Annual report of the Civil Veterinary Department, Bengal, for the year 1897-98 - 1897-1898
Year: 1897
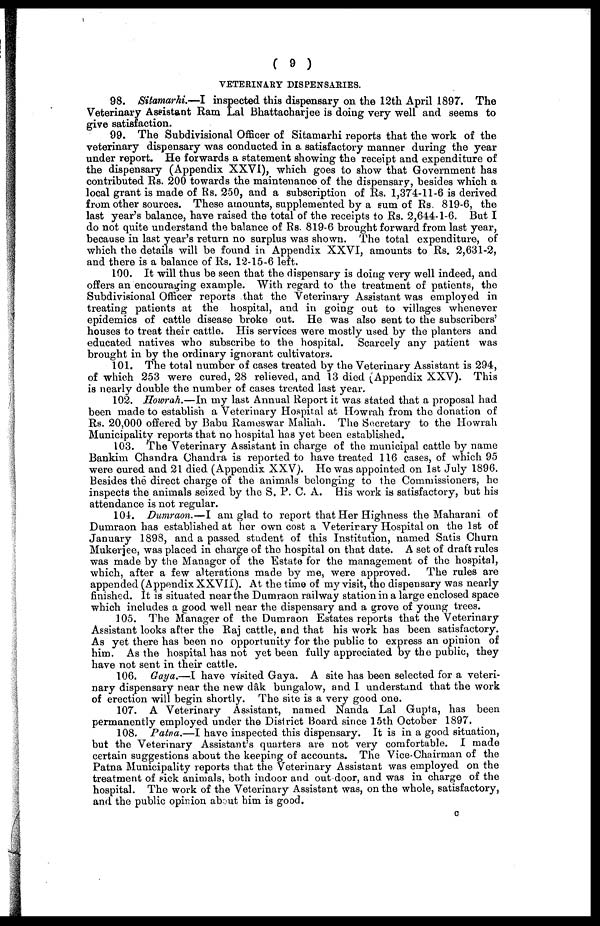
( 9 )
VETERINARY DISPENSARIES.
98. Sitamarhi.—I
inspected this dispensary on the 12th April 1897. The
Veterinary Assistant Ram Lal Bhattacharjee is doing very well and seems to
give satisfaction.
99. The Subdivisional Officer of Sitamarhi reports that the work of the
veterinary dispensary was conducted in a satisfactory manner during the year
under report. He forwards a statement showing the receipt and expenditure of
the dispensary (Appendix XXVI), which goes to show that Government has
contributed Rs. 200 towards the maintenance of the dispensary, besides which a
local grant is made of Rs. 250, and a subscription of Rs. 1,374-11-6 is derived
from other sources. These amounts, supplemented by a sum of Rs. 819-6, the
last year's balance, have raised the total of the receipts to Rs. 2,644-1-6. But I
do not quite understand the balance of Rs. 819-6 brought forward from last year,
because in last year's return no surplus was shown. The total expenditure, of
which the details will be found in Appendix XXVI, amounts to Rs. 2,631-2,
and there is a balance of Rs. 12-15-6 left.
100. It will thus be seen that the dispensary is doing very well indeed, and
offers an encouraging example. With regard to the treatment of patients, the
Subdivisional Officer reports that the Veterinary Assistant was employed in
treating patients at the hospital, and in going out to villages whenever
epidemics of cattle disease broke out. He was also sent to the subscribers'
houses to treat their cattle. His services were mostly used by the planters and
educated natives who subscribe to the hospital. Scarcely any patient was
brought in by the ordinary ignorant cultivators.
101. The total number of cases treated by the Veterinary Assistant is 294,
of which 253 were cured, 28 relieved, and 13 died (Appendix XXV). This
is nearly double the number of cases treated last year.
102. Howrah.—In my last Annual Report it was stated that a proposal had
been made to establish a Veterinary Hospital at Howrah from the donation of
Rs. 20,000 offered by Babu Rameswar Maliah. The Secretary to the Howrah
Municipality reports that no hospital has yet been established.
103. The Veterinary Assistant in charge of the municipal cattle by name
Bankim Chandra Chandra is reported to have treated 116 cases, of which 95
were cured and 21 died (Appendix XXV). Ho was appointed on 1st July 1896.
Besides the direct charge of the animals belonging to the Commissioners, he
inspects the animals seized by the S. P. C. A. His work is satisfactory, but his
attendance is not regular.
104. Dumraon.—I am glad to report that Her Highness the Maharani of
Dumraon has established at her own cost a Veterinary Hospital on the 1st of
January 1898, and a passed student of this Institution, named Satis Churn
Mukerjee, was placed in charge of the hospital on that date. A set of draft rules
was made by the Manager of the Estate for the management of the hospital,
which, after a few alterations made by me, were approved.
The rules are
appended (Appendix XXVII). At the time of my visit, the dispensary was nearly
finished. It is situated near the Dumraon railway station in a large enclosed space
which includes a good well near the dispensary and a grove of young trees.
105. The Manager of the Dumraon Estates reports that the Veterinary
Assistant looks after the Raj cattle, and that his work has been satisfactory.
As yet there has been no opportunity for the public to express an opinion of
him. As the hospital has not yet been fully appreciated by the public, they
have not sent in their cattle.
106. Gaya.—I have visited Gaya. A site has been selected for a veteri-
nary dispensary near the new dâk bungalow, and I understand that the work
of erection will begin shortly. The site is a very good one.
107. A Veterinary Assistant, named Nanda Lal Gupta, has been
permanently employed under the District Board since 15th October 1897.
108. Patna.—I have inspected this dispensary. It is in a good situation,
but the Veterinary Assistant's quarters are not very comfortable. I made
certain suggestions about the keeping of accounts. The Vice-Chairman of the
Patna Municipality reports that the Veterinary Assistant was employed on the
treatment of sick animals, both indoor and out door, and was in charge of the
hospital. The work of the Veterinary Assistant was, on the whole, satisfactory,
and the public opinion about him is good.
c